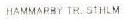
HAMMARBY TR. STHLM